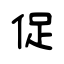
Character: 促